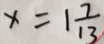
x = 1 \frac { 7 } { 1 3 }